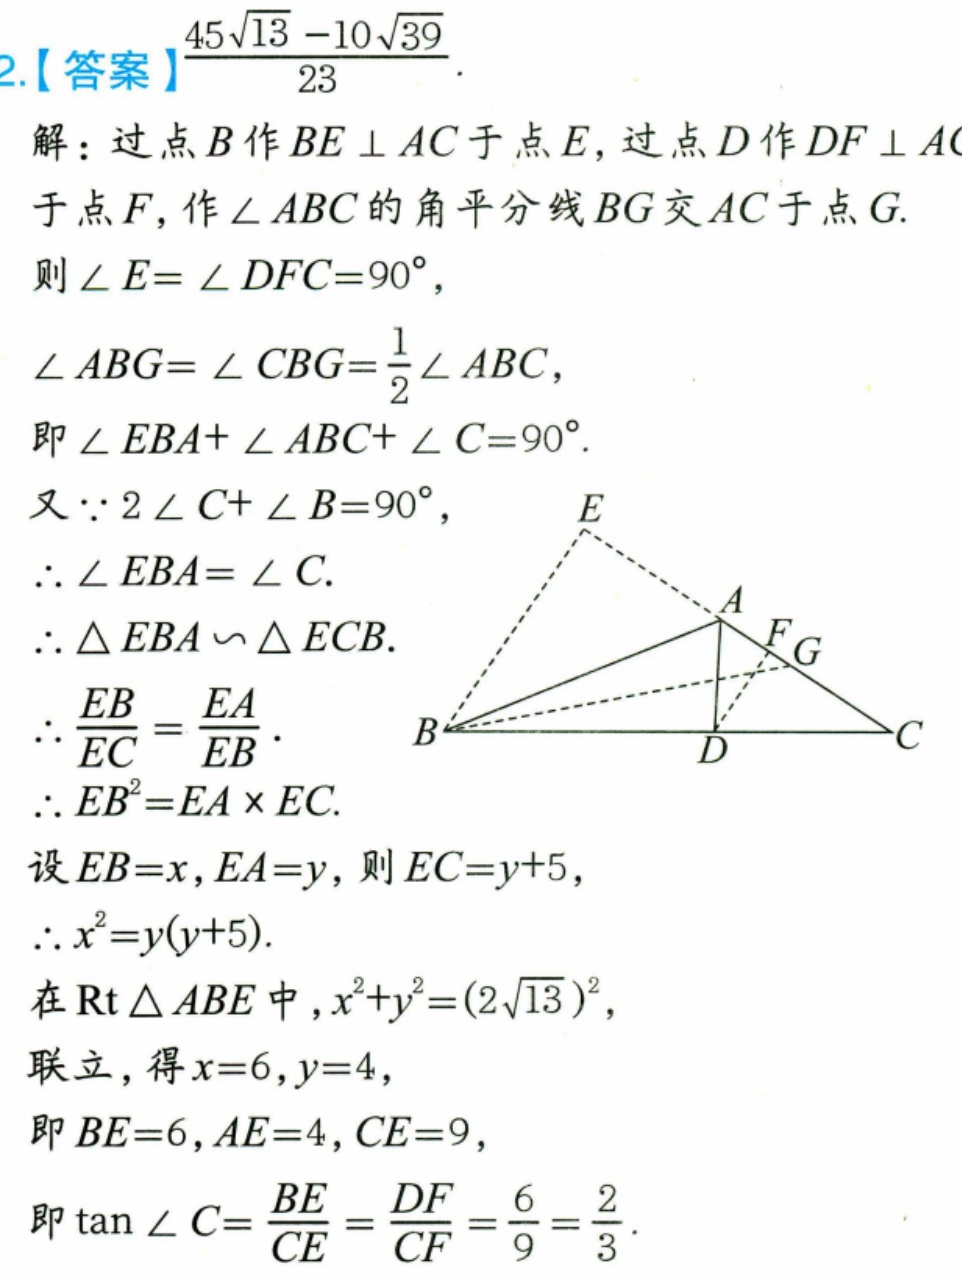
2.【答案】\(\frac{45\sqrt{13}-10\sqrt{39}}{23}\).
解：过点\(B\)作\(BE\perp AC\)于点\(E\)，过点\(D\)作\(DF\perp AC\)于点\(F\)，作\(\angle ABC\)的角平分线\(BG\)交\(AC\)于点\(G\).
则\(\angle E = \angle DFC = 90^{\circ}\)，
\(\angle ABG=\angle CBG = \frac{1}{2}\angle ABC\)，
即\(\angle EBA+\angle ABC+\angle C = 90^{\circ}\).
又\(\because 2\angle C+\angle B = 90^{\circ}\)，
\(\therefore\angle EBA=\angle C\).
\(\therefore\triangle EBA\backsim\triangle ECB\).
\(\therefore\frac{EB}{EC}=\frac{EA}{EB}\).
\(\therefore EB^{2}=EA\times EC\).
设\(EB = x\)，\(EA = y\)，则\(EC = y + 5\)，
\(\therefore x^{2}=y(y + 5)\).
在\(\text{Rt}\triangle ABE\)中，\(x^{2}+y^{2}=(2\sqrt{13})^{2}\)，
联立，得\(x = 6\)，\(y = 4\)，
即\(BE = 6\)，\(AE = 4\)，\(CE = 9\)，
即\(\tan\angle C=\frac{BE}{CE}=\frac{DF}{CF}=\frac{6}{9}=\frac{2}{3}\).